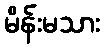
မိန်းမသား